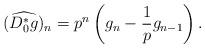
LaTeX: \begin{align*}(\widehat {D_0^*g})_n=p^n \left(g_n-\frac 1p g_{n-1}\right).\end{align*}